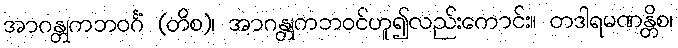
အာဂန္တုကဘဝင်္ဂံ (တိစ)၊ အာဂန္တုကဘဝင်ဟူ၍လည်းကောင်း။ တဒါရမဏန္တိစ၊